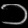
Digit: ၁